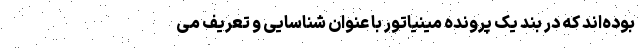
بوده‌اند که در بند یک پرونده مینیاتور با عنوان شناسایی و تعریف می